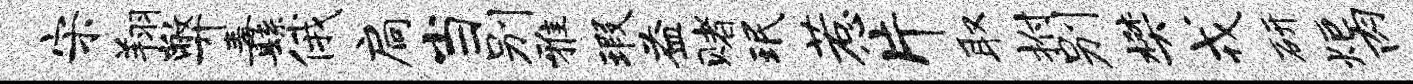
宋翔弊纛俄扃当别雅瑕益赌珉惹片取拊别樊戎研炬肉